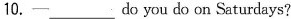
10.一___do you do on Saturdays?